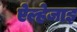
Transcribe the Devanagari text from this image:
ऐल्हेजाइ